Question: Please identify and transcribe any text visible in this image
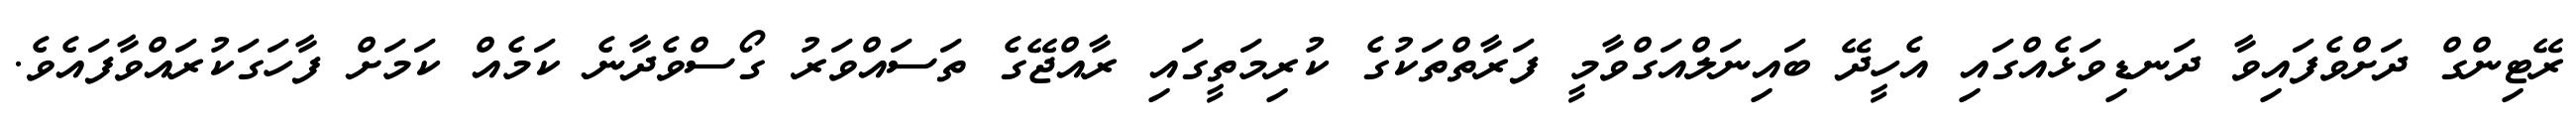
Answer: ރޭޓިންގް ދަށްވެފައިވާ ދަނޑިވަޅެއްގައި އެހީދޭ ބައިނަލްއަގްވާމީ ފަރާތްތަކުގެ ކުރިމަތީގައި ރާއްޖޭގެ ތަސައްވަރު ގޯސްވެދާނެ ކަމެއް ކަމަށް ފާހަގަކުރައްވާފައެވެ.